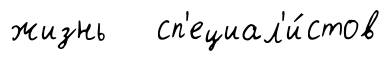
жизнь сп'ециал'и́стов